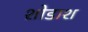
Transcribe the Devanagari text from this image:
शोडाश